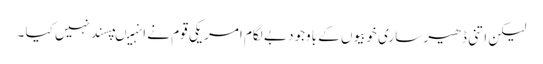
لیکن اتنی ڈھیر ساری خوبیوں کے باوجود بے لگام امریکی قوم نے انہیںپسند نہیں کیا ۔